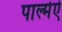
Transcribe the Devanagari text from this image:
पाल्मेऐ